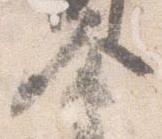
会